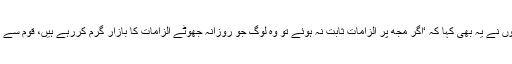
تاہم اس موقع پر انہوں نے یہ بھی کہا کہ ‘اگر مجھ پر الزامات ثابت نہ ہوئے تو وہ لوگ جو روزانہ جھوٹے الزامات کا بازار گرم کررہے ہیں، قوم سے معافی مانگیں گے؟